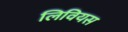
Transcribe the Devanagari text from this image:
लिवियस